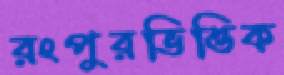
রংপুরভিত্তিক